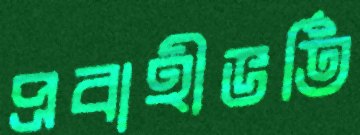
প্রবাহীভর্তি